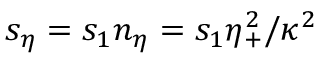
s _ { \eta } = s _ { 1 } n _ { \eta } = s _ { 1 } \eta _ { + } ^ { 2 } / \kappa ^ { 2 }